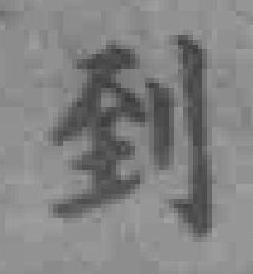
到